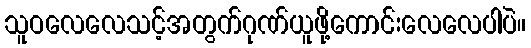
သူဝလေလေသင့်အတွက်ဂုဏ်ယူဖို့ကောင်းလေလေပါပဲ။